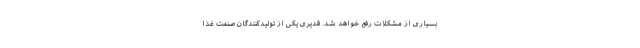
بسیاری از مشکلات رفع خواهد شد. قدیری یکی از تولیدکنندگان صنعت غذا